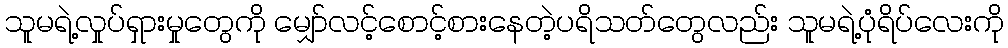
သူမရဲ့လှုပ်ရှားမှုတွေကို မျှော်လင့်စောင့်စားနေတဲ့ပရိသတ်တွေလည်း သူမရဲ့ပုံရိပ်လေးကို